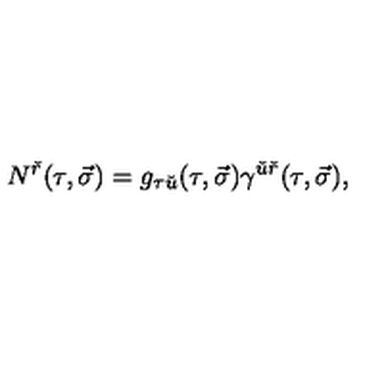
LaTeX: N ^ { \check { r } } ( \tau , \vec { \sigma } ) = g _ { \tau \check { u } } ( \tau , \vec { \sigma } ) \gamma ^ { \check { u } \check { r } } ( \tau , \vec { \sigma } ) ,